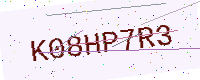
Text: K08HP7R3